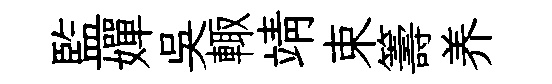
監嬋吳輙靖束籌养